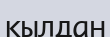
қылдан